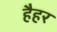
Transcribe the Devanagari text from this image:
हैहर